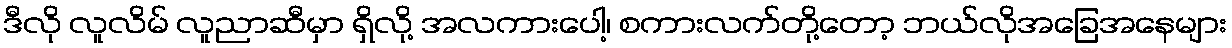
ဒီလို လူလိမ် လူညာဆီမှာ ရှိလို့ အလကားပေါ့၊ စကားလက်တို့တော့ ဘယ်လိုအခြေအနေများ